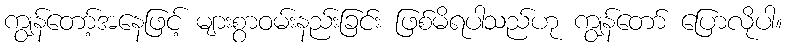
ကျွန်တော့်အနေဖြင့် များစွာဝမ်းနည်းခြင်း ဖြစ်မိရပါသည်ဟု ကျွန်တော် ပြောလိုပါ။